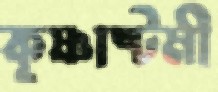
কৃষ্ণাষ্টমী